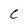
Character: C